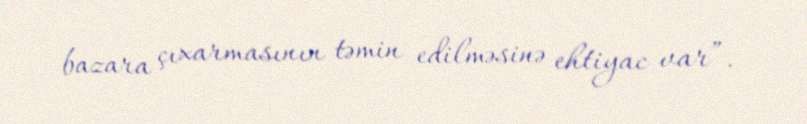
bazara çıxarmasının təmin edilməsinə ehtiyac var”.